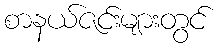
စာနယ်ဇင်းများတွင်